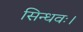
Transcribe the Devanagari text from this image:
सिन्धवः।